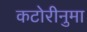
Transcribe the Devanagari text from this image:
कटोरीनुमा